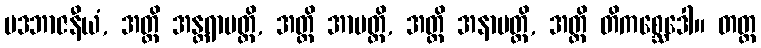
ပဒဘာဇနီယံ, အတ္ထိ အန္တရာပတ္တိ, အတ္ထိ အာပတ္တိ, အတ္ထိ အနာပတ္တိ, အတ္ထိ တိကစ္ဆေဒေါ။ တတ္ထ